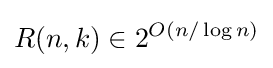
R(n,k)\in 2^{O(n/\log {n})}